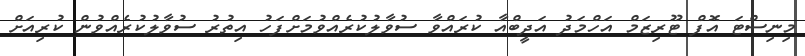
މިނިސްޓަ އޮފް ޓޫރިޒަމް އަހްމަދު އަދީބްއާ ކުރައްވާ ސުވާލުކުރެއްވުމަށްފަހު އިތުރު ސުވާލުކުރެއްވުން ކުރިއަށް